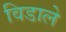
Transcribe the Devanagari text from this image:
विडाले